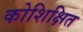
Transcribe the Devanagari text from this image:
कोशिक्षित